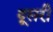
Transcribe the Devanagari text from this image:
दूसरी